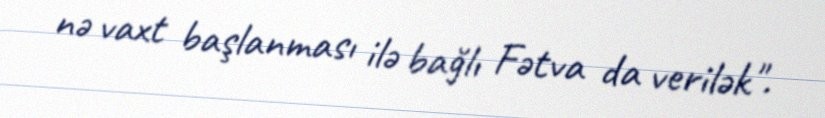
nə vaxt başlanması ilə bağlı Fətva da verilək".